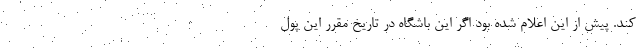
کند. پیش از این اعلام شده بود اگر این باشگاه در تاریخ مقرر این پول